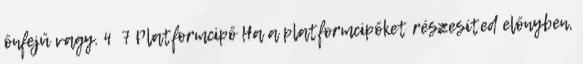
önfejű vagy. 4 7 Platformcipő Ha a platformcipőket részesíted előnyben,